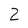
Character: 2